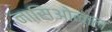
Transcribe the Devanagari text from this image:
नासिओनाल